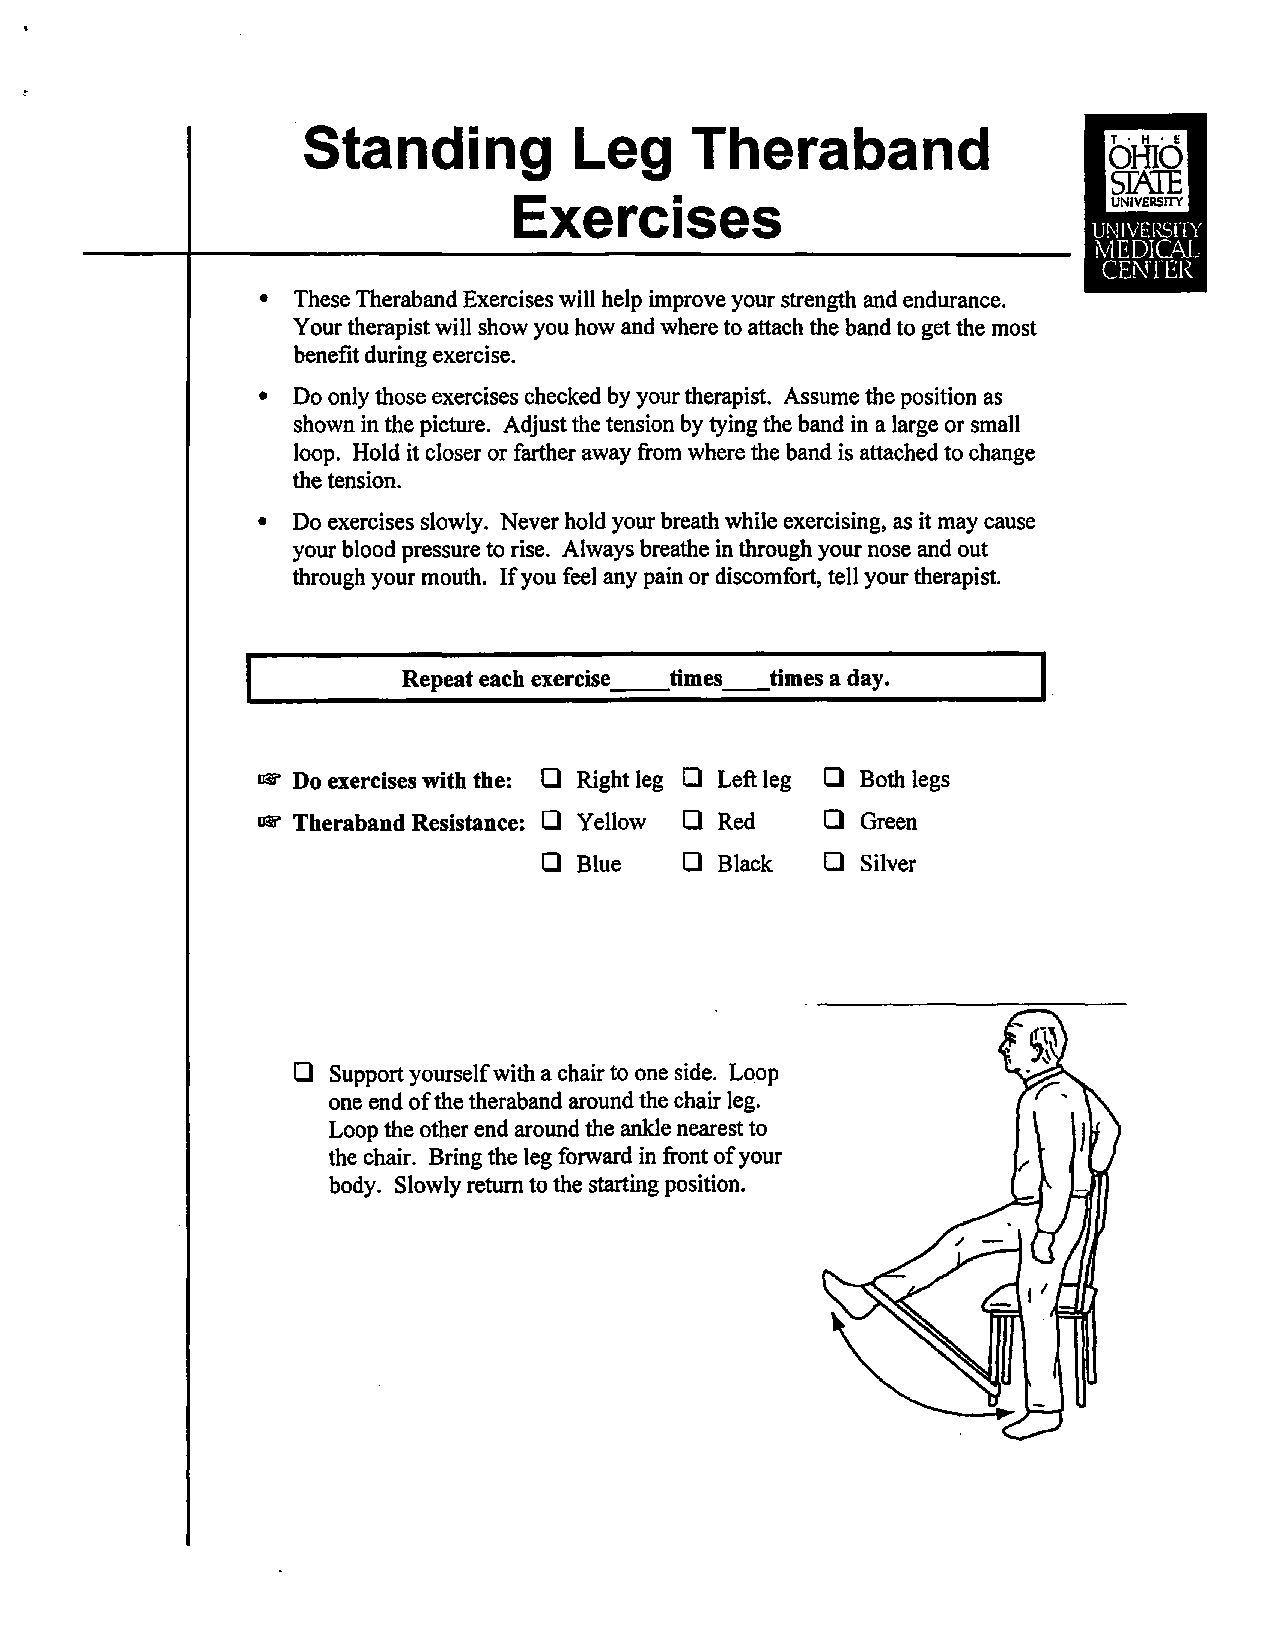
Standing          Leg     Theraband
 T • H • I:
 OHIO
 srA1E
 Exercises                               UNIVERSllY
 •  These Theraband Exercises will help improve your strength and endurance.
 Your therapist will show you how and where to attach the band to get the most
 benefit during exercise.
 •  Do only those exercises checked by your therapist. Assume the position as
 shown in the picture. Adjust the tension by tying the band in a large or small
 loop. Hold it closer or farther away from where the band is attached to change
 the tension.
 •  Do exercises slowly. Never hold your breath while exercising, as it may cause
 your blood pressure to rise. Always breathe in through your nose and out
 through your mouth. If you feel any pain or discomfort, tell your therapist.
 I
 Repeat each exercise_ _t imes_ _t imes a day.
 iw Do exercises with the: 0 Right leg O Left leg O Both legs
 ~  Theraband Resistance: 0 Yellow O Red 0 Green
 0  Blue  O  Black  0 Silver
 0 Support yourself with a chair to one side. Loop
 one end of the theraband around the chair leg.
 Loop the other end around the ankle nearest to
 the chair. Bring the leg forward in front of your
 body. Slowly return to the starting position.